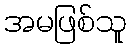
အမဖြစ်သူ